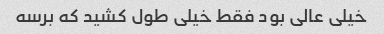
خیلی عالی بود فقط خیلی طول کشید که برسه